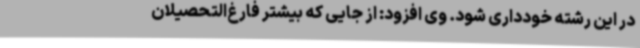
در این رشته خودداری شود. وی افزود: از جایی که بیشتر فارغ‌التحصیلان